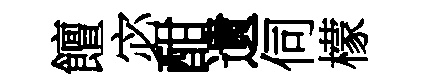
饘宓酣遺伺檬